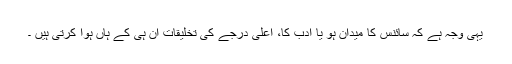
یہی وجہ ہے کہ سائنس کا میدان ہو یا ادب کا، اعلی درجے کی تخلیقات ان ہی کے ہاں ہوا کرتی ہیں ۔